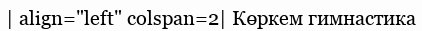
| align="left" colspan=2| Көркем гимнастика